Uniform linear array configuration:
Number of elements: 32
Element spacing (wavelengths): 1
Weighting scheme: hann
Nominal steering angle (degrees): -45
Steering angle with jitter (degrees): -46.414
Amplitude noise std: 0.05
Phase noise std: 0.05

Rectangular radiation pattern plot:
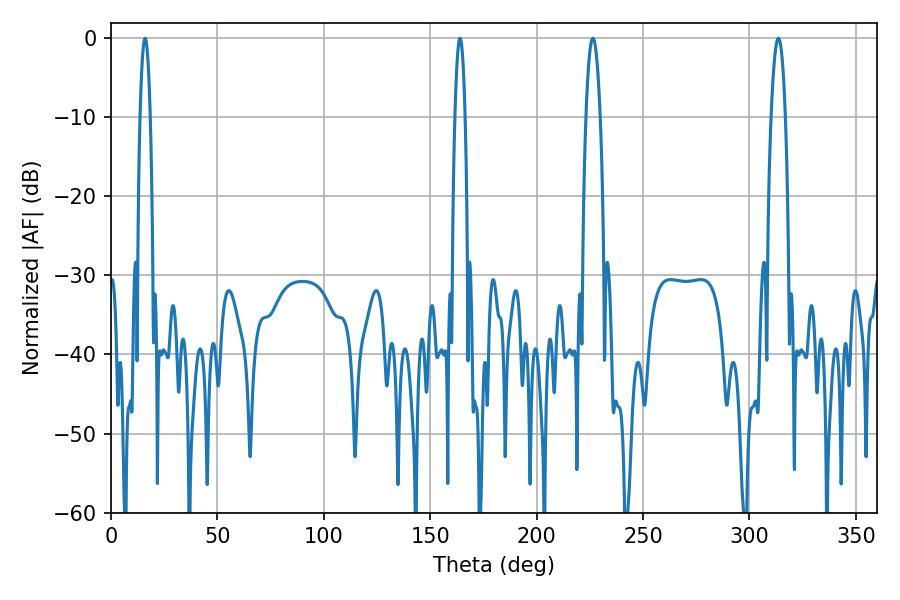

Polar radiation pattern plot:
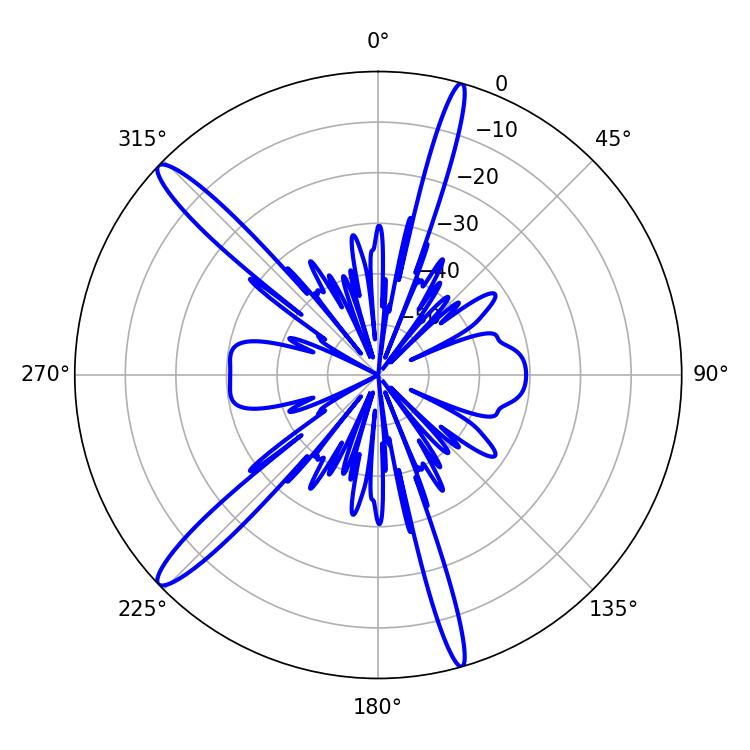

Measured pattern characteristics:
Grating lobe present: TRUE
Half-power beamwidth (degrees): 2.52
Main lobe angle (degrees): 16.02